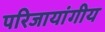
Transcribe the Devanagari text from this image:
परिजायांगीय